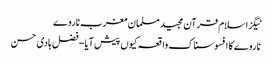
ٹیگزاسلام قرآن مجید مسلمان مغرب ناروے
ناروے کا افسوسناک واقعہ کیوں پیش آیا - فضل ہادی حسن